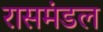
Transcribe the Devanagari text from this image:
रासमंडल